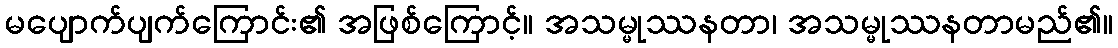
မပျောက်ပျက်ကြောင်း၏ အဖြစ်ကြောင့်။ အသမ္မုဿနတာ၊ အသမ္မုဿနတာမည်၏။